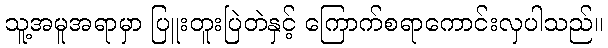
သူ့အမူအရာမှာ ပြူးတူးပြဲတဲနှင့် ကြောက်စရာကောင်းလှပါသည်။